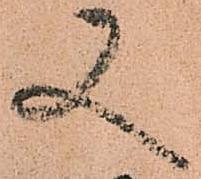
又